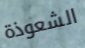
الشعوذة